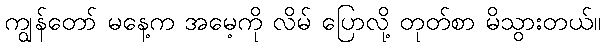
ကျွန်တော် မနေ့က အမေ့ကို လိမ် ပြောလို့ တုတ်စာ မိသွားတယ်။